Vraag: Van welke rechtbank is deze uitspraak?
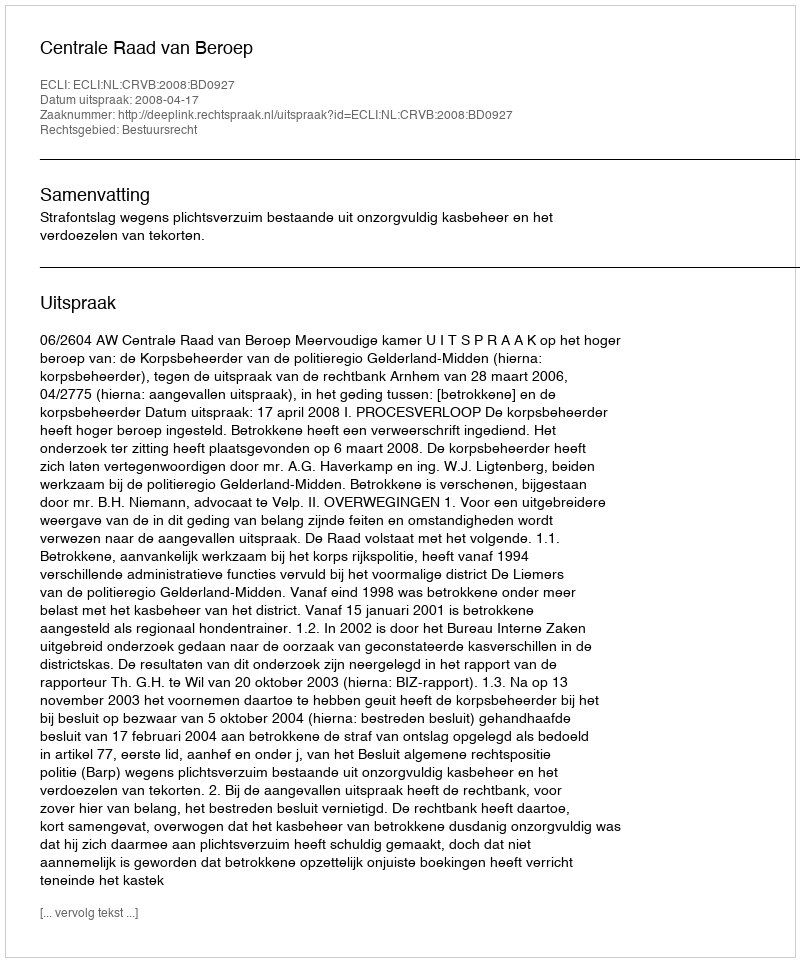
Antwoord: Centrale Raad van Beroep